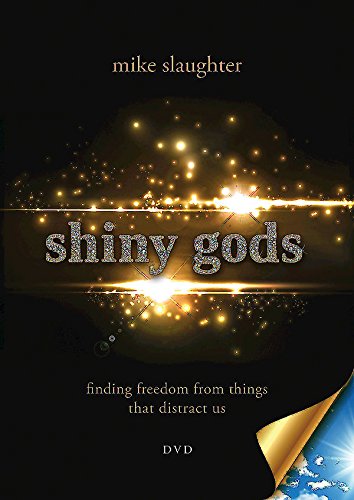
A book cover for shiny gods - DVD: finding freedom from things that distract us; Mike Slaughter; Christian Books & Bibles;